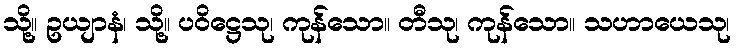
သို့။ ဥယျာနံ၊ သို့။ ပဝိဋ္ဌေသု၊ ကုန်သော။ တီသု၊ ကုန်သော။ သဟာယေသု၊